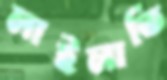
লাইলাতি